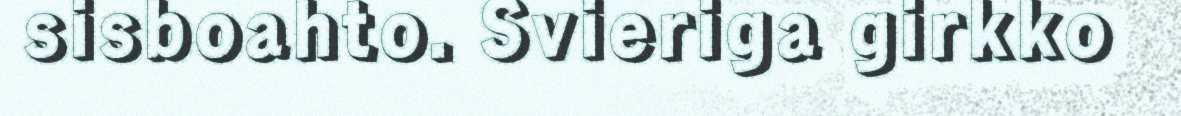
sisboahto. Svieriga girkko